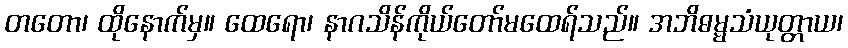
တတော၊ ထိုနောက်မှ။ ထေရော၊ နာဂသိန်ကိုယ်တော်မထေရ်သည်။ အဘိဓမ္မသံယုတ္တာယ၊